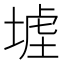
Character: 𡎪